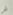
في